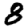
Digit: 8